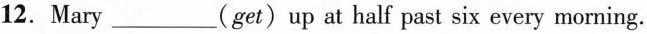
12.Mary___(get) up at half past six every morning.